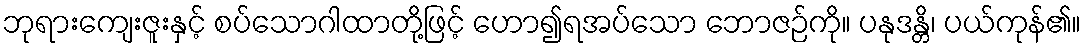
ဘုရားကျေးဇူးနှင့် စပ်သောဂါထာတို့ဖြင့် ဟော၍ရအပ်သော ဘောဇဉ်ကို။ ပနုဒန္တိ၊ ပယ်ကုန်၏။